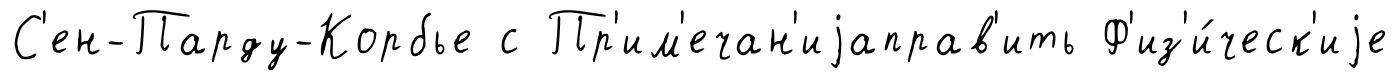
С'ен-Парду-Корбье с Пр'им'ечан'иjаправ'ить Ф'из'и́ческ'иjе